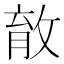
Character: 𰕎